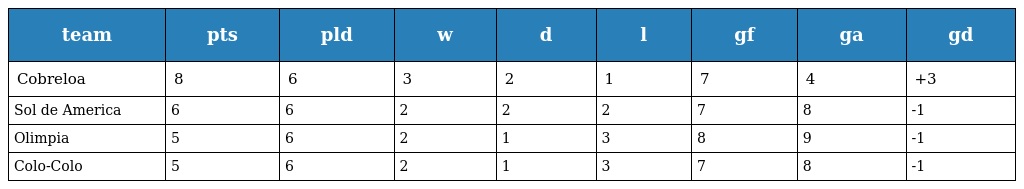
| team | pts | pld | w | d | l | gf | ga | gd |
 | --- | --- | --- | --- | --- | --- | --- | --- | --- |
 | Cobreloa | 8 | 6 | 3 | 2 | 1 | 7 | 4 | +3 |
 | Sol de America | 6 | 6 | 2 | 2 | 2 | 7 | 8 | -1 |
 | Olimpia | 5 | 6 | 2 | 1 | 3 | 8 | 9 | -1 |
 | Colo-Colo | 5 | 6 | 2 | 1 | 3 | 7 | 8 | -1 |